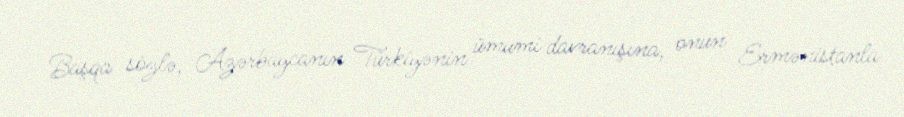
Başqa sözlə, Azərbaycanın Türkiyənin ümumi davranışına, onun Ermənistanla